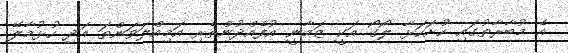
އެ މުބާރާތުގައި ހުށަހަޅާ ލޯގޯ އަކީ ޒަމާނީ އުފެއްދުންތެރި އަމިއްލަވަންތަ އަދި ހުޅުމާލޭ